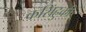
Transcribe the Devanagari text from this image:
कसिंहुकी